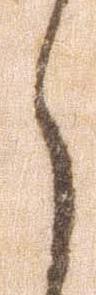
々